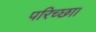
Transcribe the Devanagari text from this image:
परिच्‍छा।